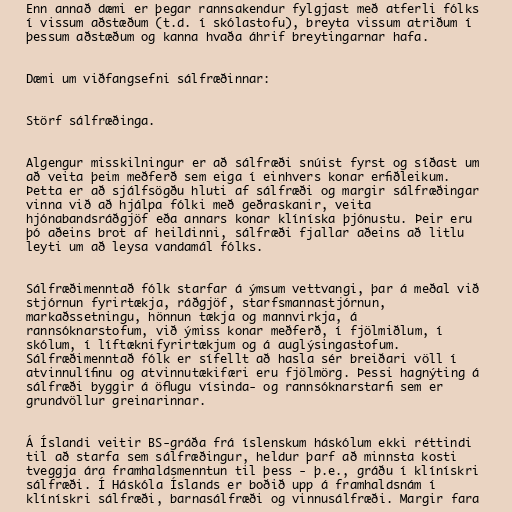
Enn annað dæmi er þegar rannsakendur fylgjast með atferli fólks
í vissum aðstæðum (t.d. í skólastofu), breyta vissum atriðum í
þessum aðstæðum og kanna hvaða áhrif breytingarnar hafa.

Dæmi um viðfangsefni sálfræðinnar:

Störf sálfræðinga.

Algengur misskilningur er að sálfræði snúist fyrst og síðast um
að veita þeim meðferð sem eiga í einhvers konar erfiðleikum.
Þetta er að sjálfsögðu hluti af sálfræði og margir sálfræðingar
vinna við að hjálpa fólki með geðraskanir, veita
hjónabandsráðgjöf eða annars konar klíníska þjónustu. Þeir eru
þó aðeins brot af heildinni, sálfræði fjallar aðeins að litlu
leyti um að leysa vandamál fólks.

Sálfræðimenntað fólk starfar á ýmsum vettvangi, þar á meðal við
stjórnun fyrirtækja, ráðgjöf, starfsmannastjórnun,
markaðssetningu, hönnun tækja og mannvirkja, á
rannsóknarstofum, við ýmiss konar meðferð, í fjölmiðlum, í
skólum, í líftæknifyrirtækjum og á auglýsingastofum.
Sálfræðimenntað fólk er sífellt að hasla sér breiðari völl í
atvinnulífinu og atvinnutækifæri eru fjölmörg. Þessi hagnýting á
sálfræði byggir á öflugu vísinda- og rannsóknarstarfi sem er
grundvöllur greinarinnar.

Á Íslandi veitir BS-gráða frá íslenskum háskólum ekki réttindi
til að starfa sem sálfræðingur, heldur þarf að minnsta kosti
tveggja ára framhaldsmenntun til þess - þ.e., gráðu í klínískri
sálfræði. Í Háskóla Íslands er boðið upp á framhaldsnám í
klínískri sálfræði, barnasálfræði og vinnusálfræði. Margir fara